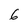
Character: 6